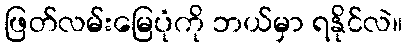
ဖြတ်လမ်းမြေပုံကို ဘယ်မှာ ရနိုင်လဲ။